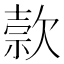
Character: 𬅭